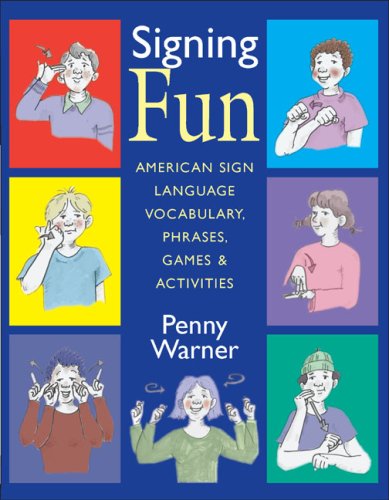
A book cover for Signing Fun: American Sign Language Vocabulary, Phrases, Games, and Activities; Penny Warner; Reference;